Indian journal of veterinary science and animal husbandry - Volume 14,
Year: 1944
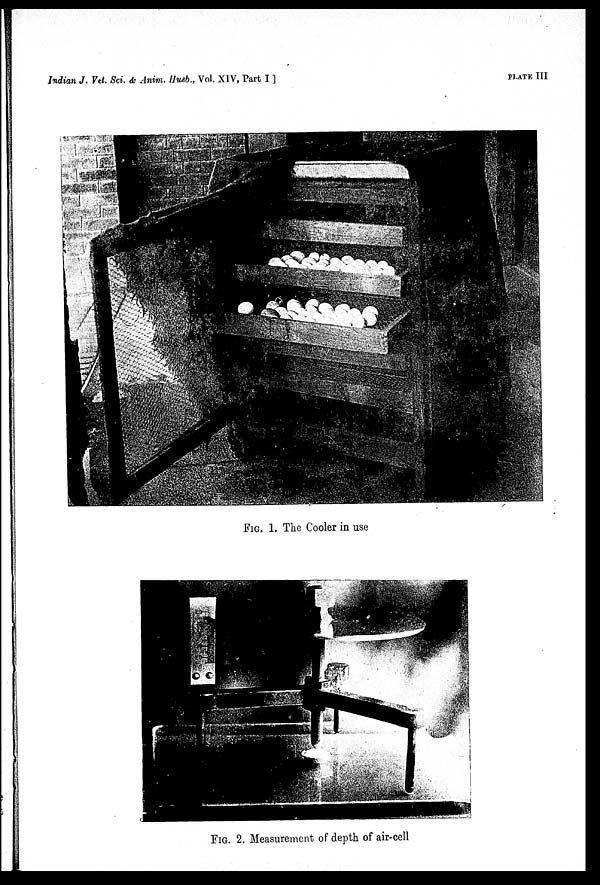
Indian J. Vet. Sci. & Anim. Husb., Vol. XIV, Part I ]
PLATE III
FIG. 1. The Cooler in use
FIG. 2. Measurement of depth of air-cell